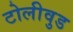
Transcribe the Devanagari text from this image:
टोलीवुड